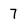
Character: 7